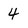
Character: 4